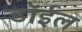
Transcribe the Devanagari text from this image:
डॉईल